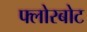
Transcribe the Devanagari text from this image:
फ्लोरबोट